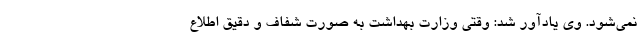
نمی‌شود. وی یادآور شد:‌ وقتی وزارت بهداشت به صورت شفاف و دقیق اطلاع